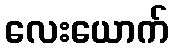
လေးယောက်